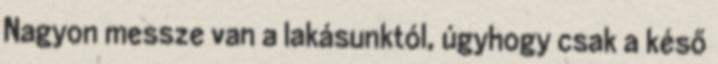
Nagyon messze van a lakásunktól, úgyhogy csak a késő